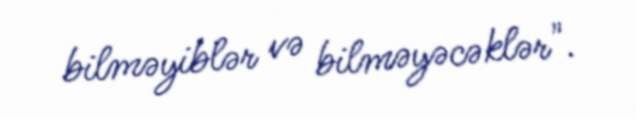
bilməyiblər və bilməyəcəklər".